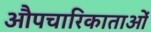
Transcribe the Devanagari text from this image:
औपचारिकाताओं